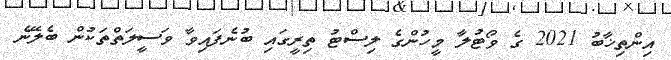
އިންތިޚާބު 2021 ގެ ވޯޓުލާ މީހުންގެ ލިސްޓު ތިރީގައި ބުނެފައިވާ ވަސީލަތްތަކުން ބެލޭނެ